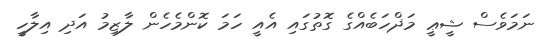
ނަމަވެސް ޝީޢީ މަޛްހަބެއްގެ ގޮތުގައި އެއީ ހަމަ ކޮންމެހެން ލާޒިމު އަދި އިލާހީ